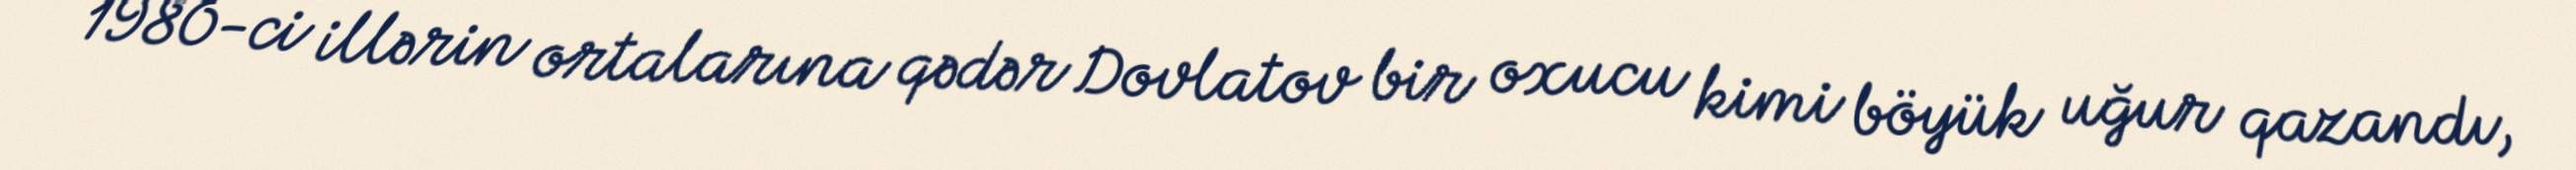
1980-ci illərin ortalarına qədər Dovlatov bir oxucu kimi böyük uğur qazandı,